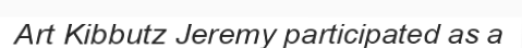
Art Kibbutz Jeremy participated as a